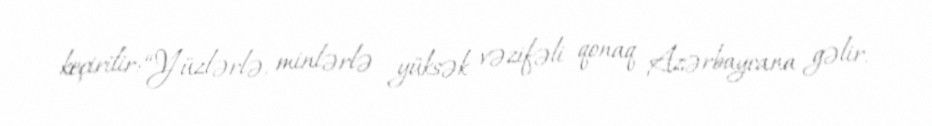
keçirilir: “Yüzlərlə, minlərlə yüksək vəzifəli qonaq Azərbaycana gəlir.